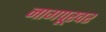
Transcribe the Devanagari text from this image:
नागपूरवर